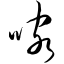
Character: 喀